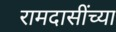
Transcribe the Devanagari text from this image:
रामदासींच्या